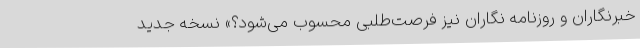
خبرنگاران و روزنامه نگاران نیز فرصت‌طلبی محسوب می‌شود؟» نسخه جدید